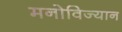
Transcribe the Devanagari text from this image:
मनोविज्यान